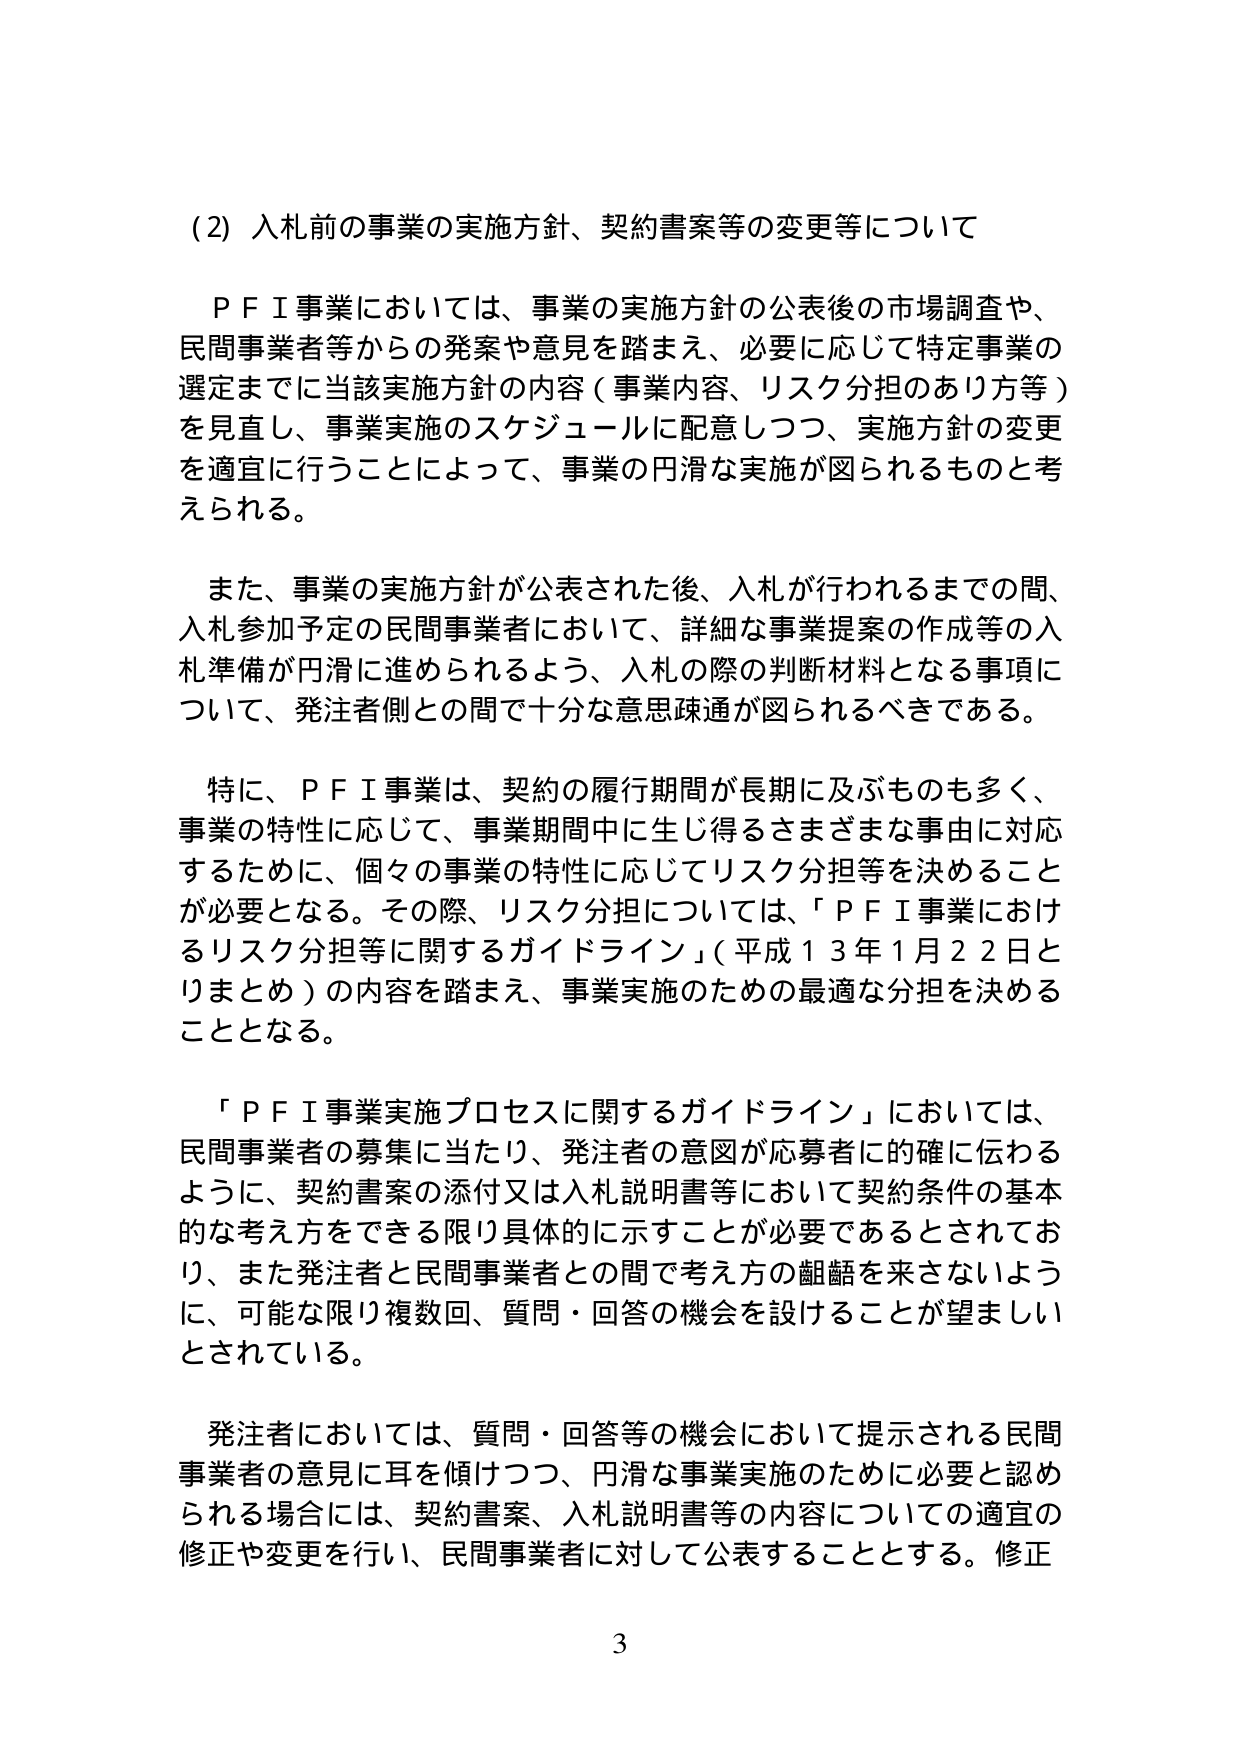
(2) 入札前の事業の実施方針、契約書案等の変更等について

ＰＦＩ事業においては、事業の実施方針の公表後の市場調査や、民間事業者等からの発案や意見を踏まえ、必要に応じて特定事業の選定までに当該実施方針の内容（事業内容、リスク分担のあり方等）を見直し、事業実施のスケジュールに配意しつつ、実施方針の変更を適宜に行うことによって、事業の円滑な実施が図られるものと考えられる。

また、事業の実施方針が公表された後、入札が行われるまでの間、入札参加予定の民間事業者において、詳細な事業提案の作成等の入札準備が円滑に進められるよう、入札の際の判断材料となる事項について、発注者側との間で十分な意思疎通が図られるべきである。

特に、ＰＦＩ事業は、契約の履行期間が長期に及ぶものも多く、事業の特性に応じて、事業期間中に生じ得るさまざまな事由に対応するために、個々の事業の特性に応じてリスク分担等を決めることが必要となる。その際、リスク分担については、「ＰＦＩ事業におけるリスク分担等に関するガイドライン」（平成１３年１月２２日とりまとめ）の内容を踏まえ、事業実施のための最適な分担を決めることとなる。

「ＰＦＩ事業実施プロセスに関するガイドライン」においては、民間事業者の募集に当たり、発注者の意図が応募者に的確に伝わるように、契約書案の添付又は入札説明書等において契約条件の基本的な考え方をできる限り具体的に示すことが必要であるとされており、また発注者と民間事業者との間で考え方の齟齬を来さないように、可能な限り複数回、質問・回答の機会を設けることが望ましいとされている。

発注者においては、質問・回答等の機会において提示される民間事業者の意見に耳を傾けつつ、円滑な事業実施のために必要と認められる場合には、契約書案、入札説明書等の内容についての適宜の修正や変更を行い、民間事業者に対して公表することとする。修正

3